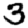
Digit: 3